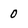
Character: 0